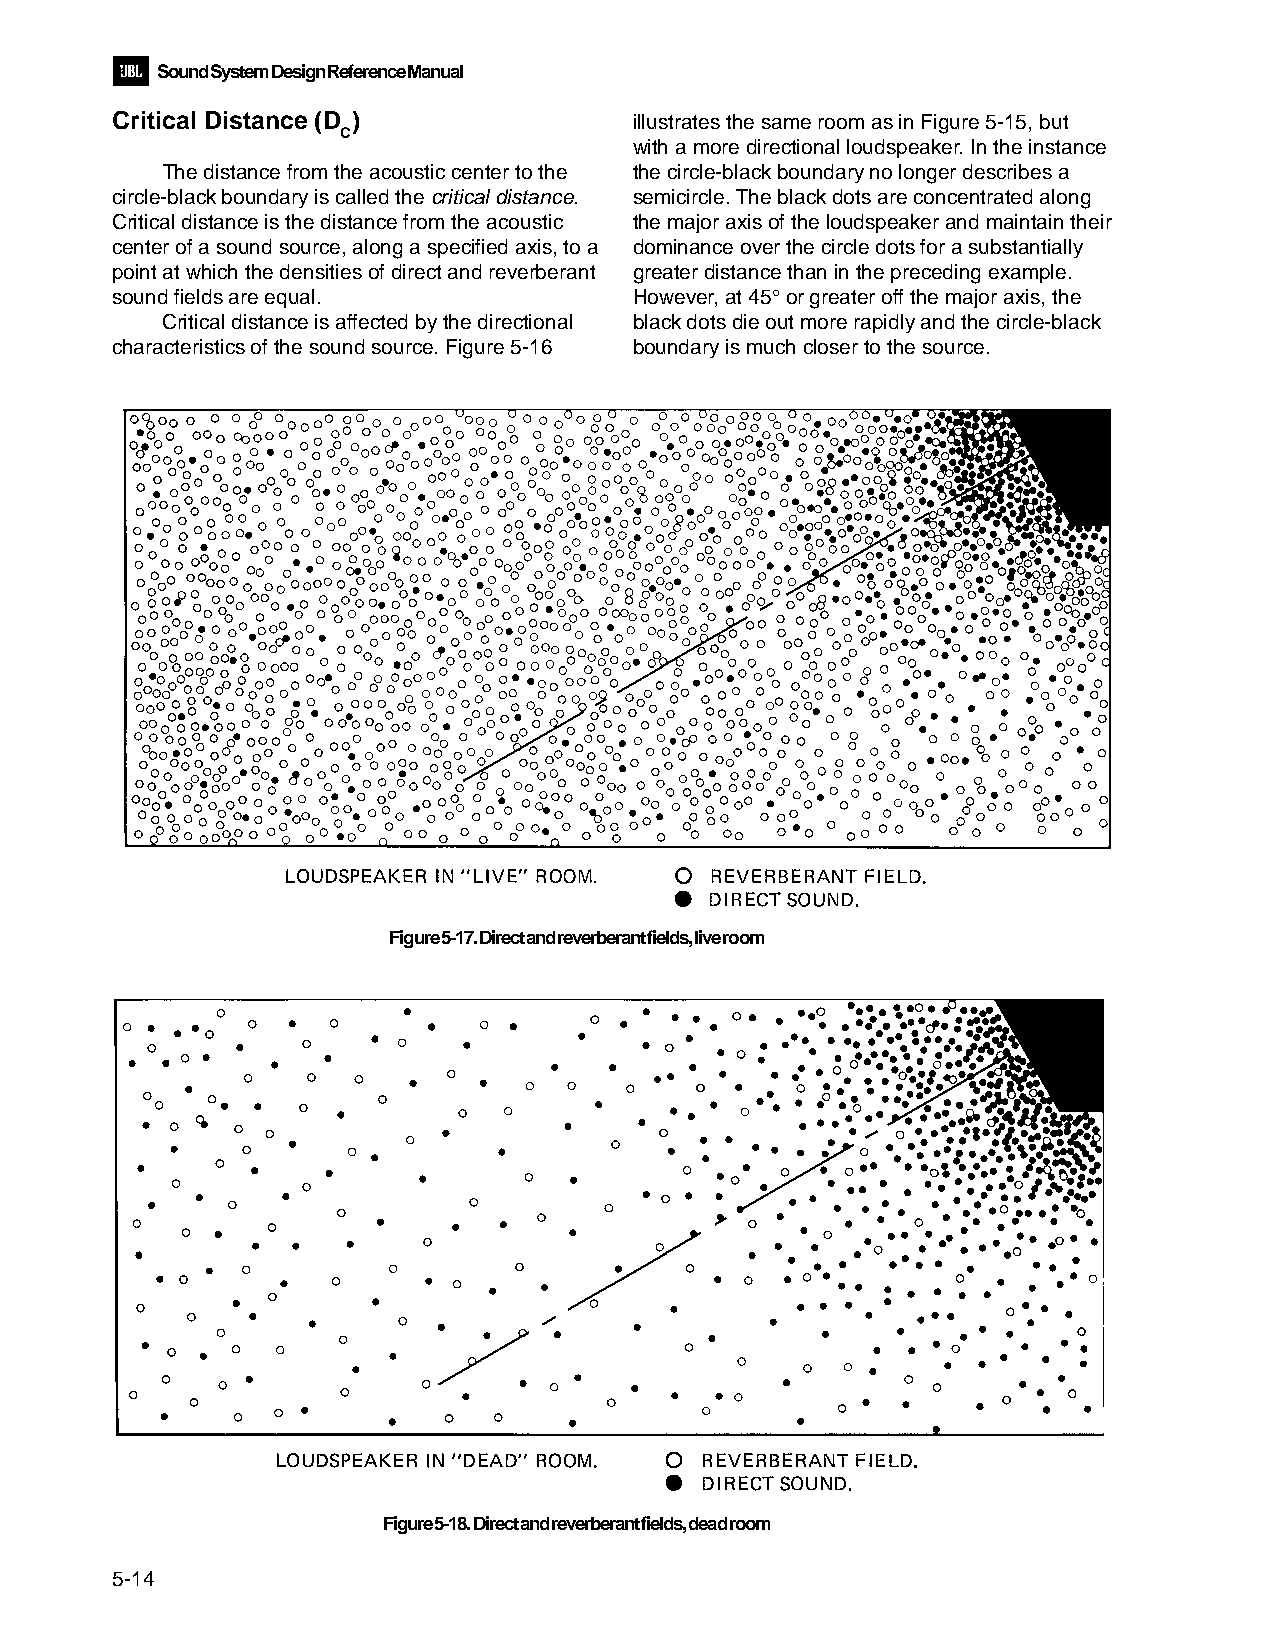
Sound System Design Reference Manual
 Critical Distance (D )             illustrates the same room as in Figure 5-15, but
 C
 with a more directional loudspeaker. In the instance
 The distance from the acoustic center to the the circle-black boundary no longer describes a
 circle-black boundary is called the critical distance. semicircle. The black dots are concentrated along
 Critical distance is the distance from the acoustic the major axis of the loudspeaker and maintain their
 center of a sound source, along a specified axis, to a dominance over the circle dots for a substantially
 point at which the densities of direct and reverberant greater distance than in the preceding example.
 sound fields are equal.            However, at 45° or greater off the major axis, the
 Critical distance is affected by the directional black dots die out more rapidly and the circle-black
 characteristics of the sound source. Figure 5-16 boundary is much closer to the source.
 Figure 5-17. Direct and reverberant fields, live room
 Figure 5-18. Direct and reverberant fields, dead room
 5-14